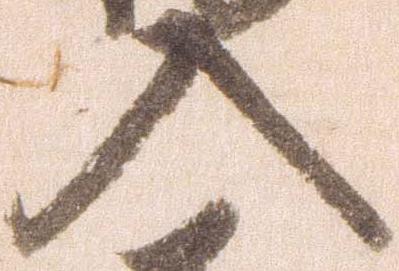
入